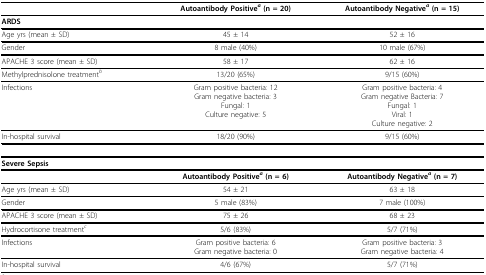
<table><thead><tr><td></td><td><b>Autoantibody Positive<i><sup>a </sup></i>(n = 20)</b></td><td><b>Autoantibody Negative<i><sup>a </sup></i>(n = 15)</b></td></tr></thead><tbody><tr><td><b>ARDS</b></td><td></td><td></td></tr><tr><td>Age yrs (mean ± SD)</td><td>45 ± 14</td><td>52 ± 16</td></tr><tr><td>Gender</td><td>8 male (40%)</td><td>10 male (67%)</td></tr><tr><td>APACHE 3 score (mean ± SD)</td><td>58 ± 17</td><td>62 ± 16</td></tr><tr><td>Methylprednisolone treatment<i><sup>b</sup></i></td><td>13/20 (65%)</td><td>9/15 (60%)</td></tr><tr><td>Infections</td><td>Gram positive bacteria: 12Gram negative bacteria: 3Fungal: 1Culture negative: 5</td><td>Gram positive bacteria: 4Gram negative Bacteria: 7Fungal: 1Viral: 1Culture negative: 2</td></tr><tr><td>In-hospital survival</td><td>18/20 (90%)</td><td>9/15 (60%)</td></tr><tr><td><b>Severe Sepsis</b></td><td></td><td></td></tr><tr><td></td><td><b>Autoantibody Positive</b><i><sup><b>a </b></sup></i><b>(n = 6)</b></td><td><b>Autoantibody Negative</b><i><sup><b>a </b></sup></i><b>(n = 7)</b></td></tr><tr><td>Age yrs (mean ± SD)</td><td>54 ± 21</td><td>63 ± 18</td></tr><tr><td>Gender</td><td>5 male (83%)</td><td>7 male (100%)</td></tr><tr><td>APACHE 3 score (mean ± SD)</td><td>75 ± 26</td><td>68 ± 23</td></tr><tr><td>Hydrocortisone treatment<i><sup>c</sup></i></td><td>5/6 (83%)</td><td>5/7 (71%)</td></tr><tr><td>Infections</td><td>Gram positive bacteria: 6Gram negative bacteria: 0</td><td>Gram positive bacteria: 3Gram negative bacteria: 4</td></tr><tr><td>In-hospital survival</td><td>4/6 (67%)</td><td>5/7 (71%)</td></tr></tbody></table>